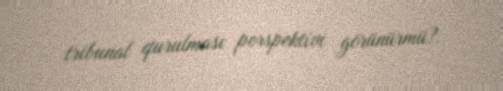
tribunal qurulması perspektivi görünürmü?.